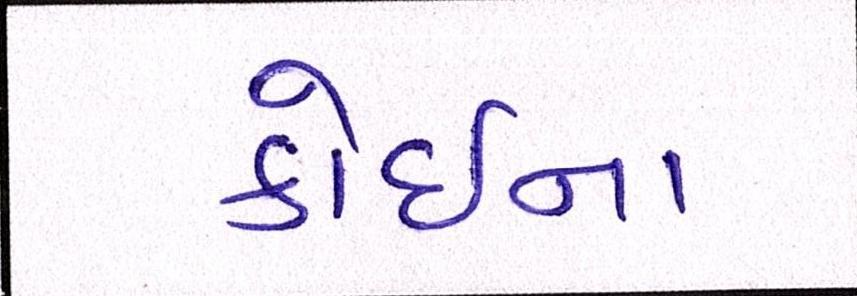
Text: કોઇના